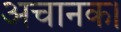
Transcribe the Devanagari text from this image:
अचानक।